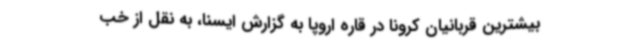
بیشترین قربانیان کرونا در قاره اروپا به گزارش ایسنا، به نقل از خب